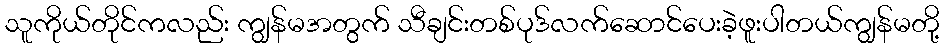
သူကိုယ်တိုင်ကလည်း ကျွန်မအတွက် သီချင်းတစ်ပုဒ်လက်ဆောင်ပေးခဲ့ဖူးပါတယ်ကျွန်မတို့